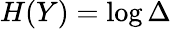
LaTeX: H(Y)=\log\Delta